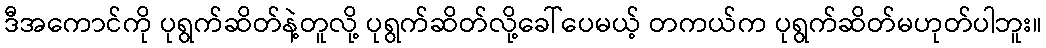
ဒီအကောင်ကို ပုရွက်ဆိတ်နဲ့တူလို့ ပုရွက်ဆိတ်လို့ခေါ်ပေမယ့် တကယ်က ပုရွက်ဆိတ်မဟုတ်ပါဘူး။